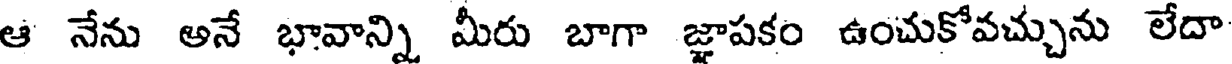
ఆ నేను అనే భావాన్ని మీరు బాగా జ్ఞాపకం ఉంచుకోవచ్చును లేదా